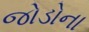
જોડોના